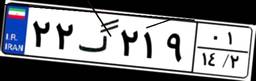
۶۲گ۶۶۵۷۰